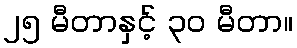
၂၅ မီတာနှင့် ၃၀ မီတာ။